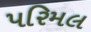
પરિમલ